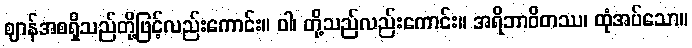
ဈာန်အစရှိသည်တို့ဖြင့်လည်းကောင်း။ ဝါ၊ တို့သည်လည်းကောင်း။ အရိဘာဝိတဿ၊ ထုံအပ်သော။